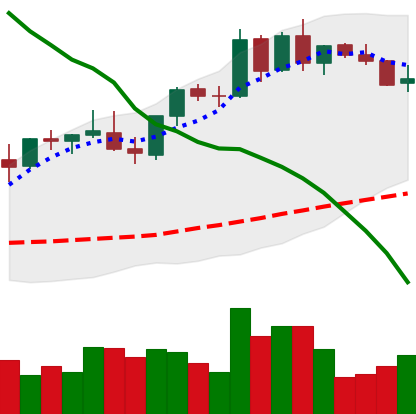
Ticker: BNB-USD
Chart end date: 2021-08-31
Forward return: 8.656%
Label: up_7plus